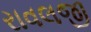
રાવલજી